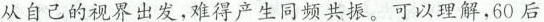
从自己的视界出发，难得产生同频共振。可以理解，60后